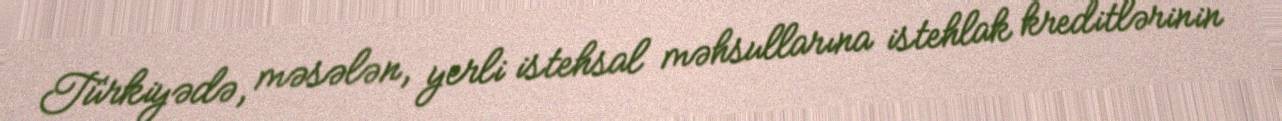
Türkiyədə, məsələn, yerli istehsal məhsullarına istehlak kreditlərinin